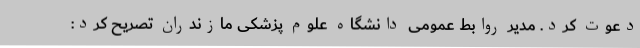
دعوت کرد. مدیر روابط عمومی دانشگاه علوم پزشکی مازندران تصریح کرد: